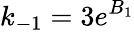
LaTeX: k_{-1}=3e^{B_{1}}